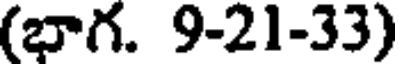
(భాగ. 9-21-33)